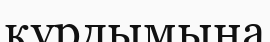
құрдымына